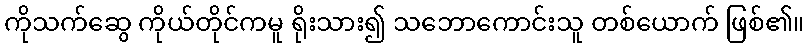
ကိုသက်ဆွေ ကိုယ်တိုင်ကမူ ရိုးသား၍ သဘောကောင်းသူ တစ်ယောက် ဖြစ်၏။